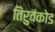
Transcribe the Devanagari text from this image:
तिरुवंकोड